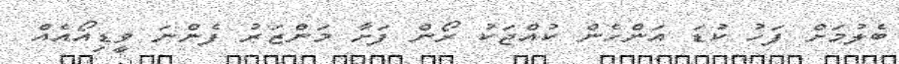
ބެލުމަށް ފަހު ކުޑަ އަންހެން ކުއްޖަކު ރޯން ފަށާ މަންޒަރު ފެންނަ ވީޑިއޯއެއް